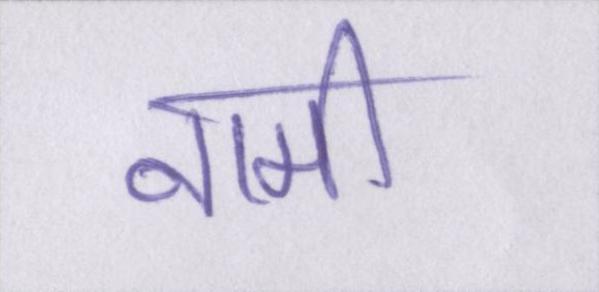
नामी